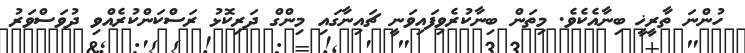
ހުންނަ ތާރީޚީ ބިނާއެކެވެ. މިތަން ބިނާކުރެވިފައިވަނީ ޗައިނާގައި މިންގް ދަރިކޮޅު ރަސްކަންކުރެއްވި ދުވަސްވަރު